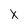
Character: X